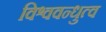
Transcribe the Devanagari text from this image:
विश्ववन्धुत्व